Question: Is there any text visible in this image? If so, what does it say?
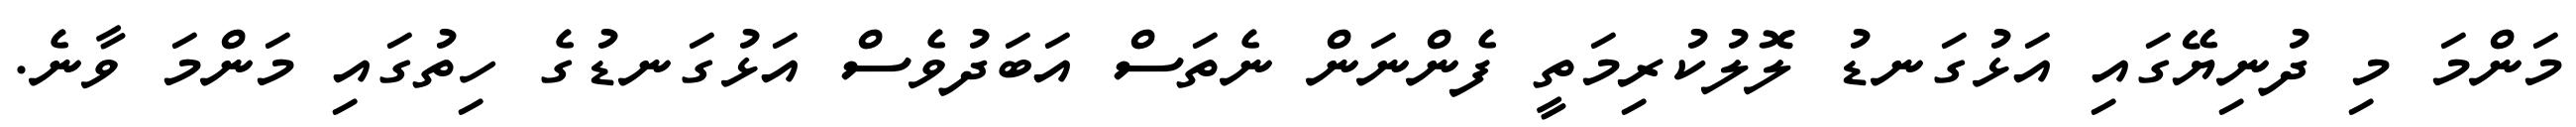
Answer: މަންމަ މި ދުނިޔޭގައި އަޅުގަނޑު ލޮލުކުރިމަތީ ފެންނަން ނެތަސް އަބަދުވެސް އަޅުގަނޑުގެ ހިތުގައި މަންމަ ވާނެ.